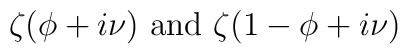
\zeta(\phi + i\nu){\rm~ and~} \zeta(1 - \phi +i\nu)